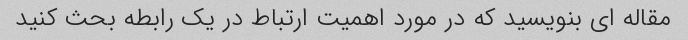
مقاله ای بنویسید که در مورد اهمیت ارتباط در یک رابطه بحث کنید